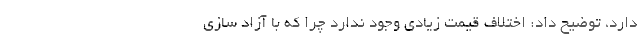
دارد، توضیح داد: اختلاف قیمت زیادی وجود ندارد چرا که با آزاد سازی